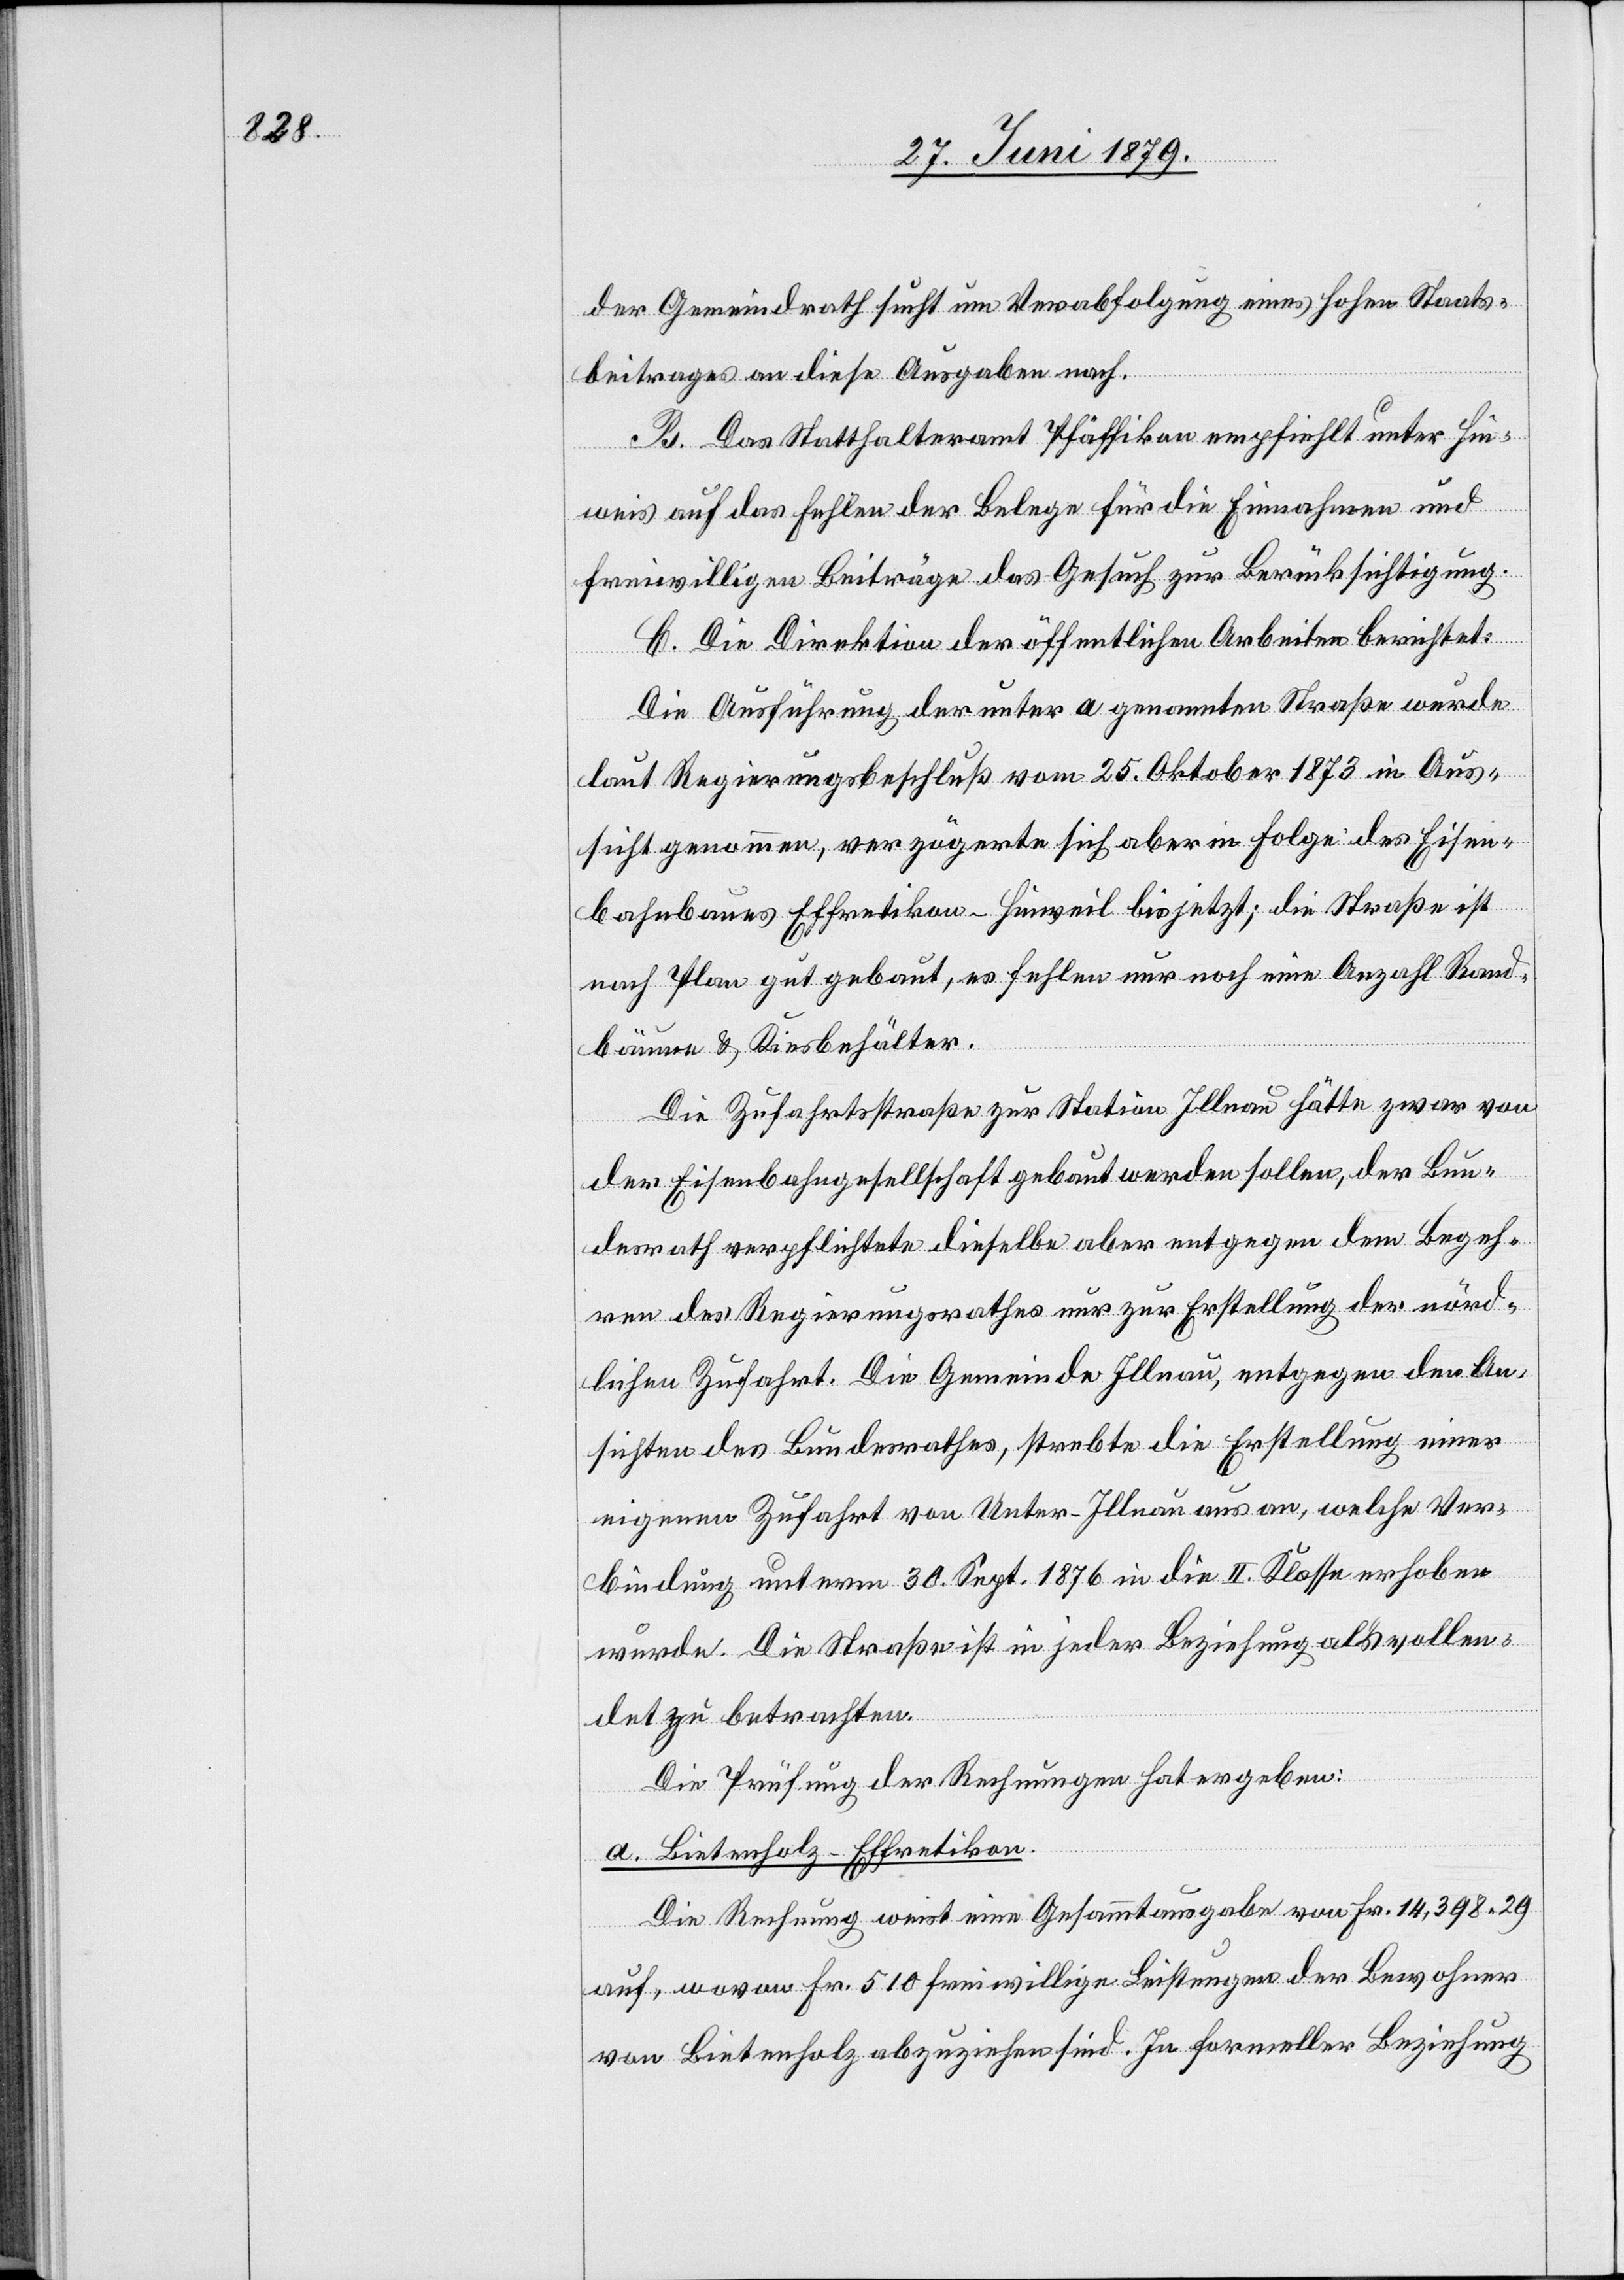
der Gemeindrath sucht um Verabfolgung eines hohen Staats¬
beitrages an diese Ausgaben nach.
B. Das Statthalteramt Pfäffikon empfiehlt unter Hin¬
weis auf das Fehlen der Belege für die Einnahmen und
freiwilligen Beiträge das Gesuch zur Berücksichtigung.
C. Die Direktion der öffentlichen Arbeiten berichtet:
Die Ausführung der unter a genannten Straße wurde
laut Regierungsbeschluß vom 25. Oktober 1873 in Aus¬
sicht genommen, verzögerte sich aber in Folge des Eisen¬
bahnbaues Effretikon–Hinweil bis jetzt; die Straße ist
nach Plan gut gebaut, es fehlen nur noch eine Anzahl Rand¬
bäume & Kiesbehälter.
Die Zufahrtsstraße zur Station Illnau hätte zwar von
der Eisenbahngesellschaft gebaut werden sollen, der Bun¬
desrath verpflichtete dieselbe aber entgegen dem Begeh¬
ren des Regierungsrathes nur zur Erstellung der nörd¬
lichen Zufahrt. Die Gemeinde Illnau, entgegen den An¬
sichten des Bundesrathes, strebte die Erstellung einer
eigenen Zufahrt von Unter-Illnau aus an, welche Ver¬
bindung unterm 30. Sept. 1876 in die II. Klasse erhoben
wurde. Die Straße ist in jeder Beziehung als vollen¬
det zu betrachten.
Die Prüfung der Rechnungen hat ergeben:
a. Bietenholz–Effretikon.
Die Rechnung weist eine Gesammtausgabe von Fr. 14,398 29
auf, wovon Fr. 510 freiwillige Leistungen der Bewohner
von Bietenholz abzuziehen sind. In formeller Beziehung